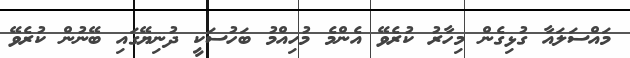
މައްސަލައާ ގުޅިގެން މިހާރު ކުރެވޭ އެންމެ މުހިއްމު ބަހުސަކީ ދުނިޔޭގައި ބޭނުން ކުރެވޭ